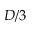
D / 3